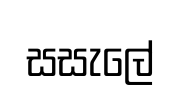
සසැලේ